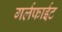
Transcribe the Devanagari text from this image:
गर्लफाईट